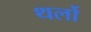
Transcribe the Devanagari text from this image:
थर्लो